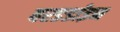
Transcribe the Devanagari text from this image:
बरडर्डाइन